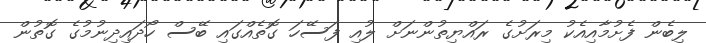
ލިބެން ފެށުމާއިއެކު މިރަށުގެ ރައްޔިތުންނަށް ލުއި ފަސޭހަ ގޮތެއްގައި ބޭސް ހޯދައިދިނުމުގެ ގޮތުން